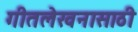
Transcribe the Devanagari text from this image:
गीतलेखनासाठी